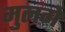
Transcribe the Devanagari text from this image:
मुलंगे